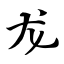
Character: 龙